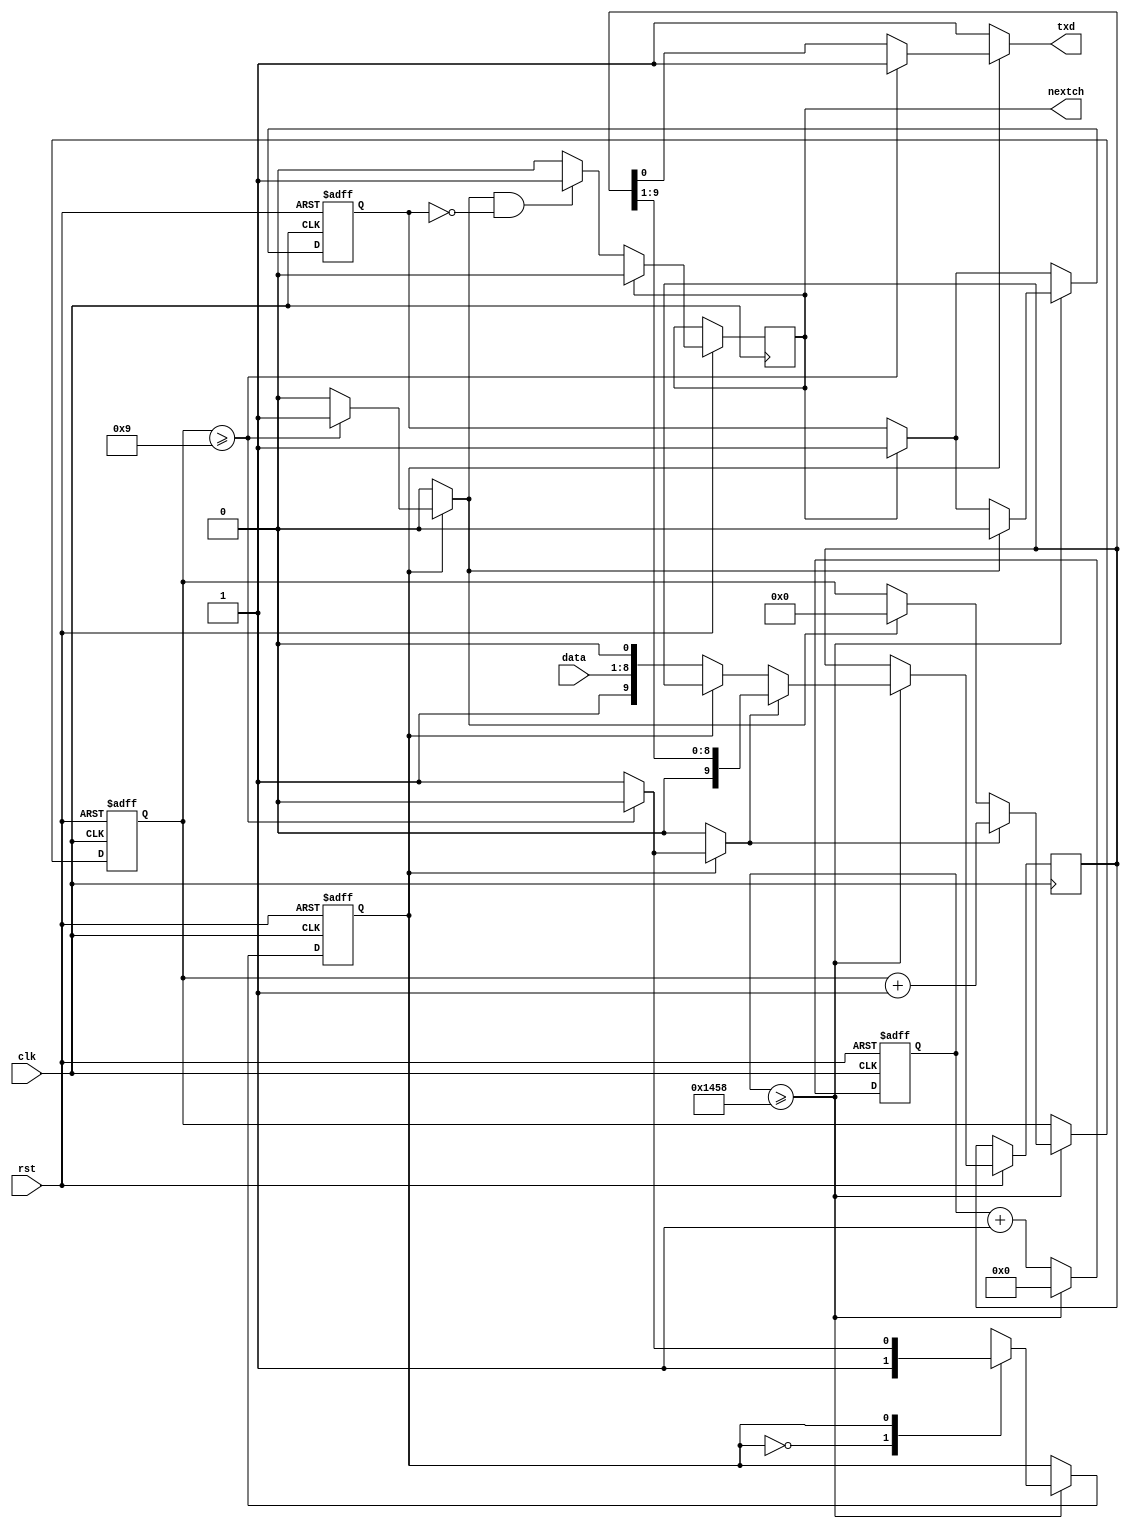
module uart_transmitter
(
	input wire        clk,
	input wire        rst,
	input wire [7:0]  data,
	output reg        nextch,
	output reg        txd
);
	parameter CLK  = 50_000_000;
	parameter BAUD = 9600;

	localparam RATE = CLK/BAUD;
	
	localparam INIT = 0;
	localparam TXD  = 1;
	
	reg        state, next;
	reg [31:0] cnt;
	reg [4:0]  bitcnt;
	reg [9:0]  rshift;
	reg        shift, load, clear, getch, gotch;
	
	always @ (posedge clk or negedge rst) begin
		if (!rst) begin
			state <= INIT;
			cnt <= 0;
			bitcnt <= 0;
			gotch <= 0;
		end
		else begin
			if (nextch) begin
				nextch <= 0;
				gotch <= 1;
			end
			else if (getch && !gotch)
				nextch <= 1;

			cnt <= cnt + 1;
			if (cnt >= RATE) begin
				state <= next;
				cnt <= 0;
				if (load)
					rshift <= {1'b1, data[7:0], 1'b0};
				if (clear) begin
					bitcnt <= 0;
					gotch <= 0;
				end
				if (shift) begin
					rshift <= rshift >> 1;
					bitcnt <= bitcnt + 1;
				end
			end
		end
	end
	
	always @ (state or bitcnt or rshift) begin
		load <= 0;
		shift <= 0;
		clear <= 0;
		getch <= 0;
		txd <= 1;

		case (state)
			INIT: begin
				next <= TXD;
				load <= 1;
				shift <= 0;
				clear <= 0;
			end
			
			TXD: begin
				if (bitcnt >= 9) begin
					next <= INIT;
					clear <= 1;
					getch <= 1;
				end
				else begin
					next <= TXD;
					shift <= 1;
					txd <= rshift[0];
				end
			end
			
		endcase
	end
endmodule